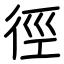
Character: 徑